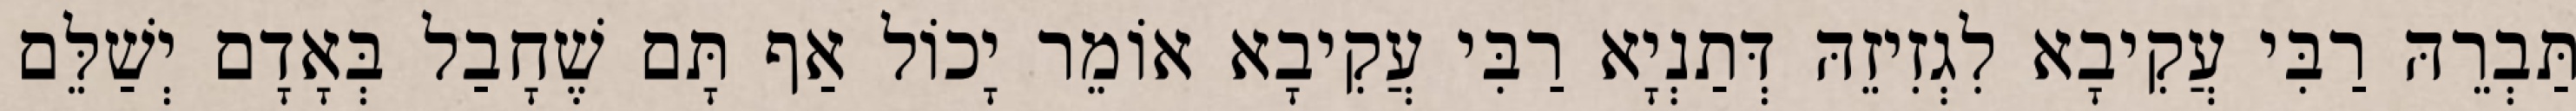
תַּבְרֵהּ רַבִּי עֲקִיבָא לִגְזִיזֵהּ דְּתַנְיָא רַבִּי עֲקִיבָא אוֹמֵר יָכוֹל אַף תָּם שֶׁחָבַל בְּאָדָם יְשַׁלֵּם